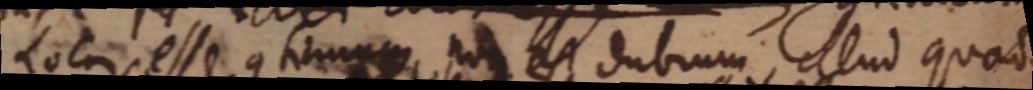
Locus esse continuum non est dubium, illud quod